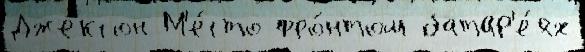
Джексон М'е́сто фро́нтом батар'е́ях